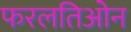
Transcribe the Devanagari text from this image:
फरलतिओन